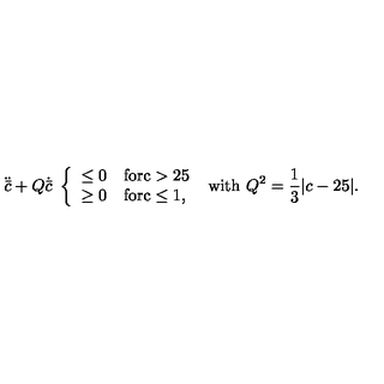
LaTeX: \ddot { \bar { c } } + Q \dot { \bar { c } } \ \left\{ \begin{array} { l l } { \le 0 } & { \mathrm { f o r c > 2 5 } } \\ { \ge 0 } & { \mathrm { f o r c \le 1 } , } \\ \end{array} \right. \ \mathrm { w i t h } \ Q ^ { 2 } = { \frac { 1 } { 3 } } \vert c - 2 5 \vert .